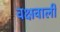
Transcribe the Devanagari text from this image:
वक्षवाली